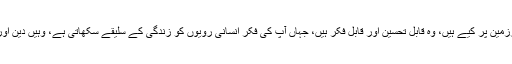
علم وعرفان میں جو کارنامے آپ حضرات نے اس سرزمین پر کیے ہیں، وہ قابلِ تحسین اور قابلِ فکر ہیں، جہاں آپ کی فکر انسانی رویوں کو زندگی کے سلیقے سکھاتی ہے، وہیں دین اور دنیا میں توازن برقرار رکھنے کا ہُنر بھی بتاتی ہے۔